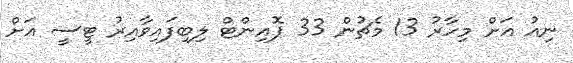
ނިއު އަށް މިހާރު 13 މެޗުން 33 ޕޮއިންޓް ލިބިފައިވާއިރު ޓީސީ އަށް